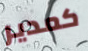
كمدير